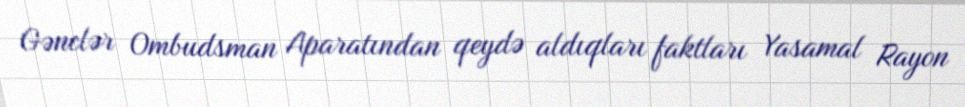
Gənclər Ombudsman Aparatından qeydə aldıqları faktları Yasamal Rayon